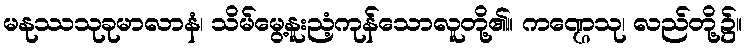
မနုဿသုခုမာလာနံ၊ သိမ်မွေ့နူးညံ့ကုန်သောလူတို့၏။ ကဏ္ဌေသု၊ လည်တို့၌။